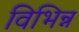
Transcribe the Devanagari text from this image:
विभिन्न